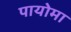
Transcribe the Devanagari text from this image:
पायोमा